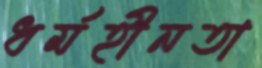
ধর্মহীনতা